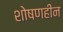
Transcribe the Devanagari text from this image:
शोषणहीन